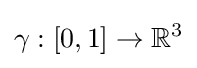
\gamma :[0,1]\rightarrow \mathbb {R} ^{3}